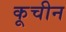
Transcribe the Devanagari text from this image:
कूचीन